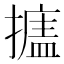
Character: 𰔩